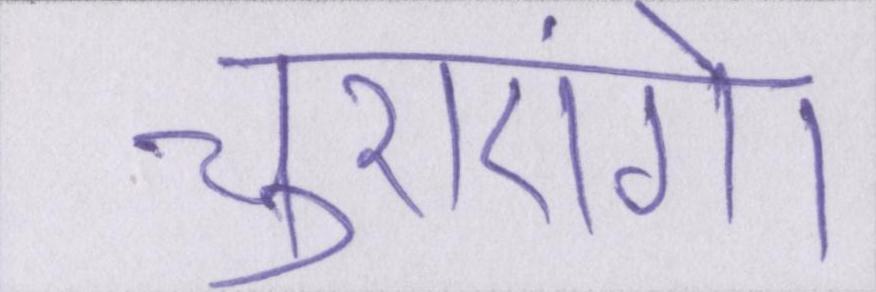
चुराएंगे।